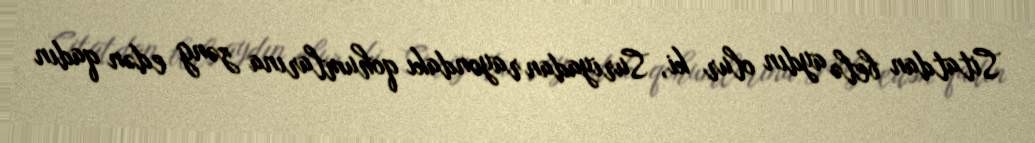
Sitatdan belə aydın olur ki, Suriyadan rayondakı qohumlarına zəng edən qadın